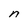
Character: n